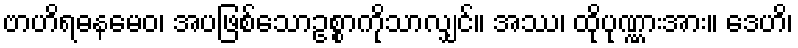
ဗာဟိရဓနမေဝ၊ အပဖြစ်သောဥစ္စာကိုသာလျှင်။ အဿ၊ ထိုပုဏ္ဏားအား။ ဒေဟိ၊